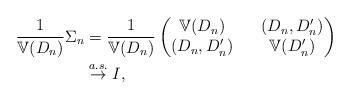
LaTeX: \begin{align*}\frac{1}{\mathbb{V}(D_n)}\Sigma_n &=\frac{1}{\mathbb{V}(D_n)}\begin{pmatrix}\mathbb{V}(D_n)&&(D_n,D'_n)\\(D_n,D'_n)&&\mathbb{V}(D'_n)\\\end{pmatrix}\\&\stackrel{a.s.}{\rightarrow}I,\end{align*}